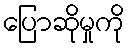
ပြောဆိုမှုကို